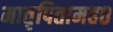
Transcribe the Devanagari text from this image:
मातृपितामह०